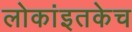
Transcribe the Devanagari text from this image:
लोकांइतकेच